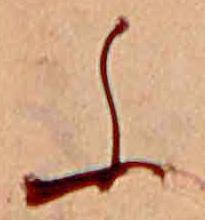
ふ